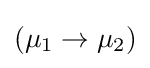
{\textstyle (\mu _{1}\rightarrow \mu _{2})}